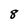
Character: 8